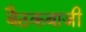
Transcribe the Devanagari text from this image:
बैठकबाजी